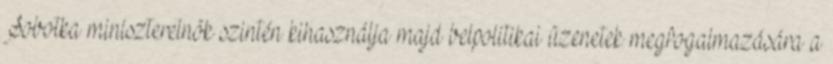
Sobotka miniszterelnök szintén kihasználja majd belpolitikai üzenetek megfogalmazására a